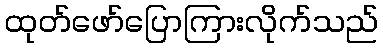
ထုတ်ဖော်ပြောကြားလိုက်သည်